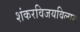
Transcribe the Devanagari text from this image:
शंकरविजयविलास